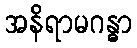
အနိရာမဂန္ဓာ